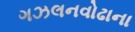
ગઝલનવોઢાના